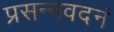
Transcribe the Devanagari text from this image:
प्रसन्नवदनं